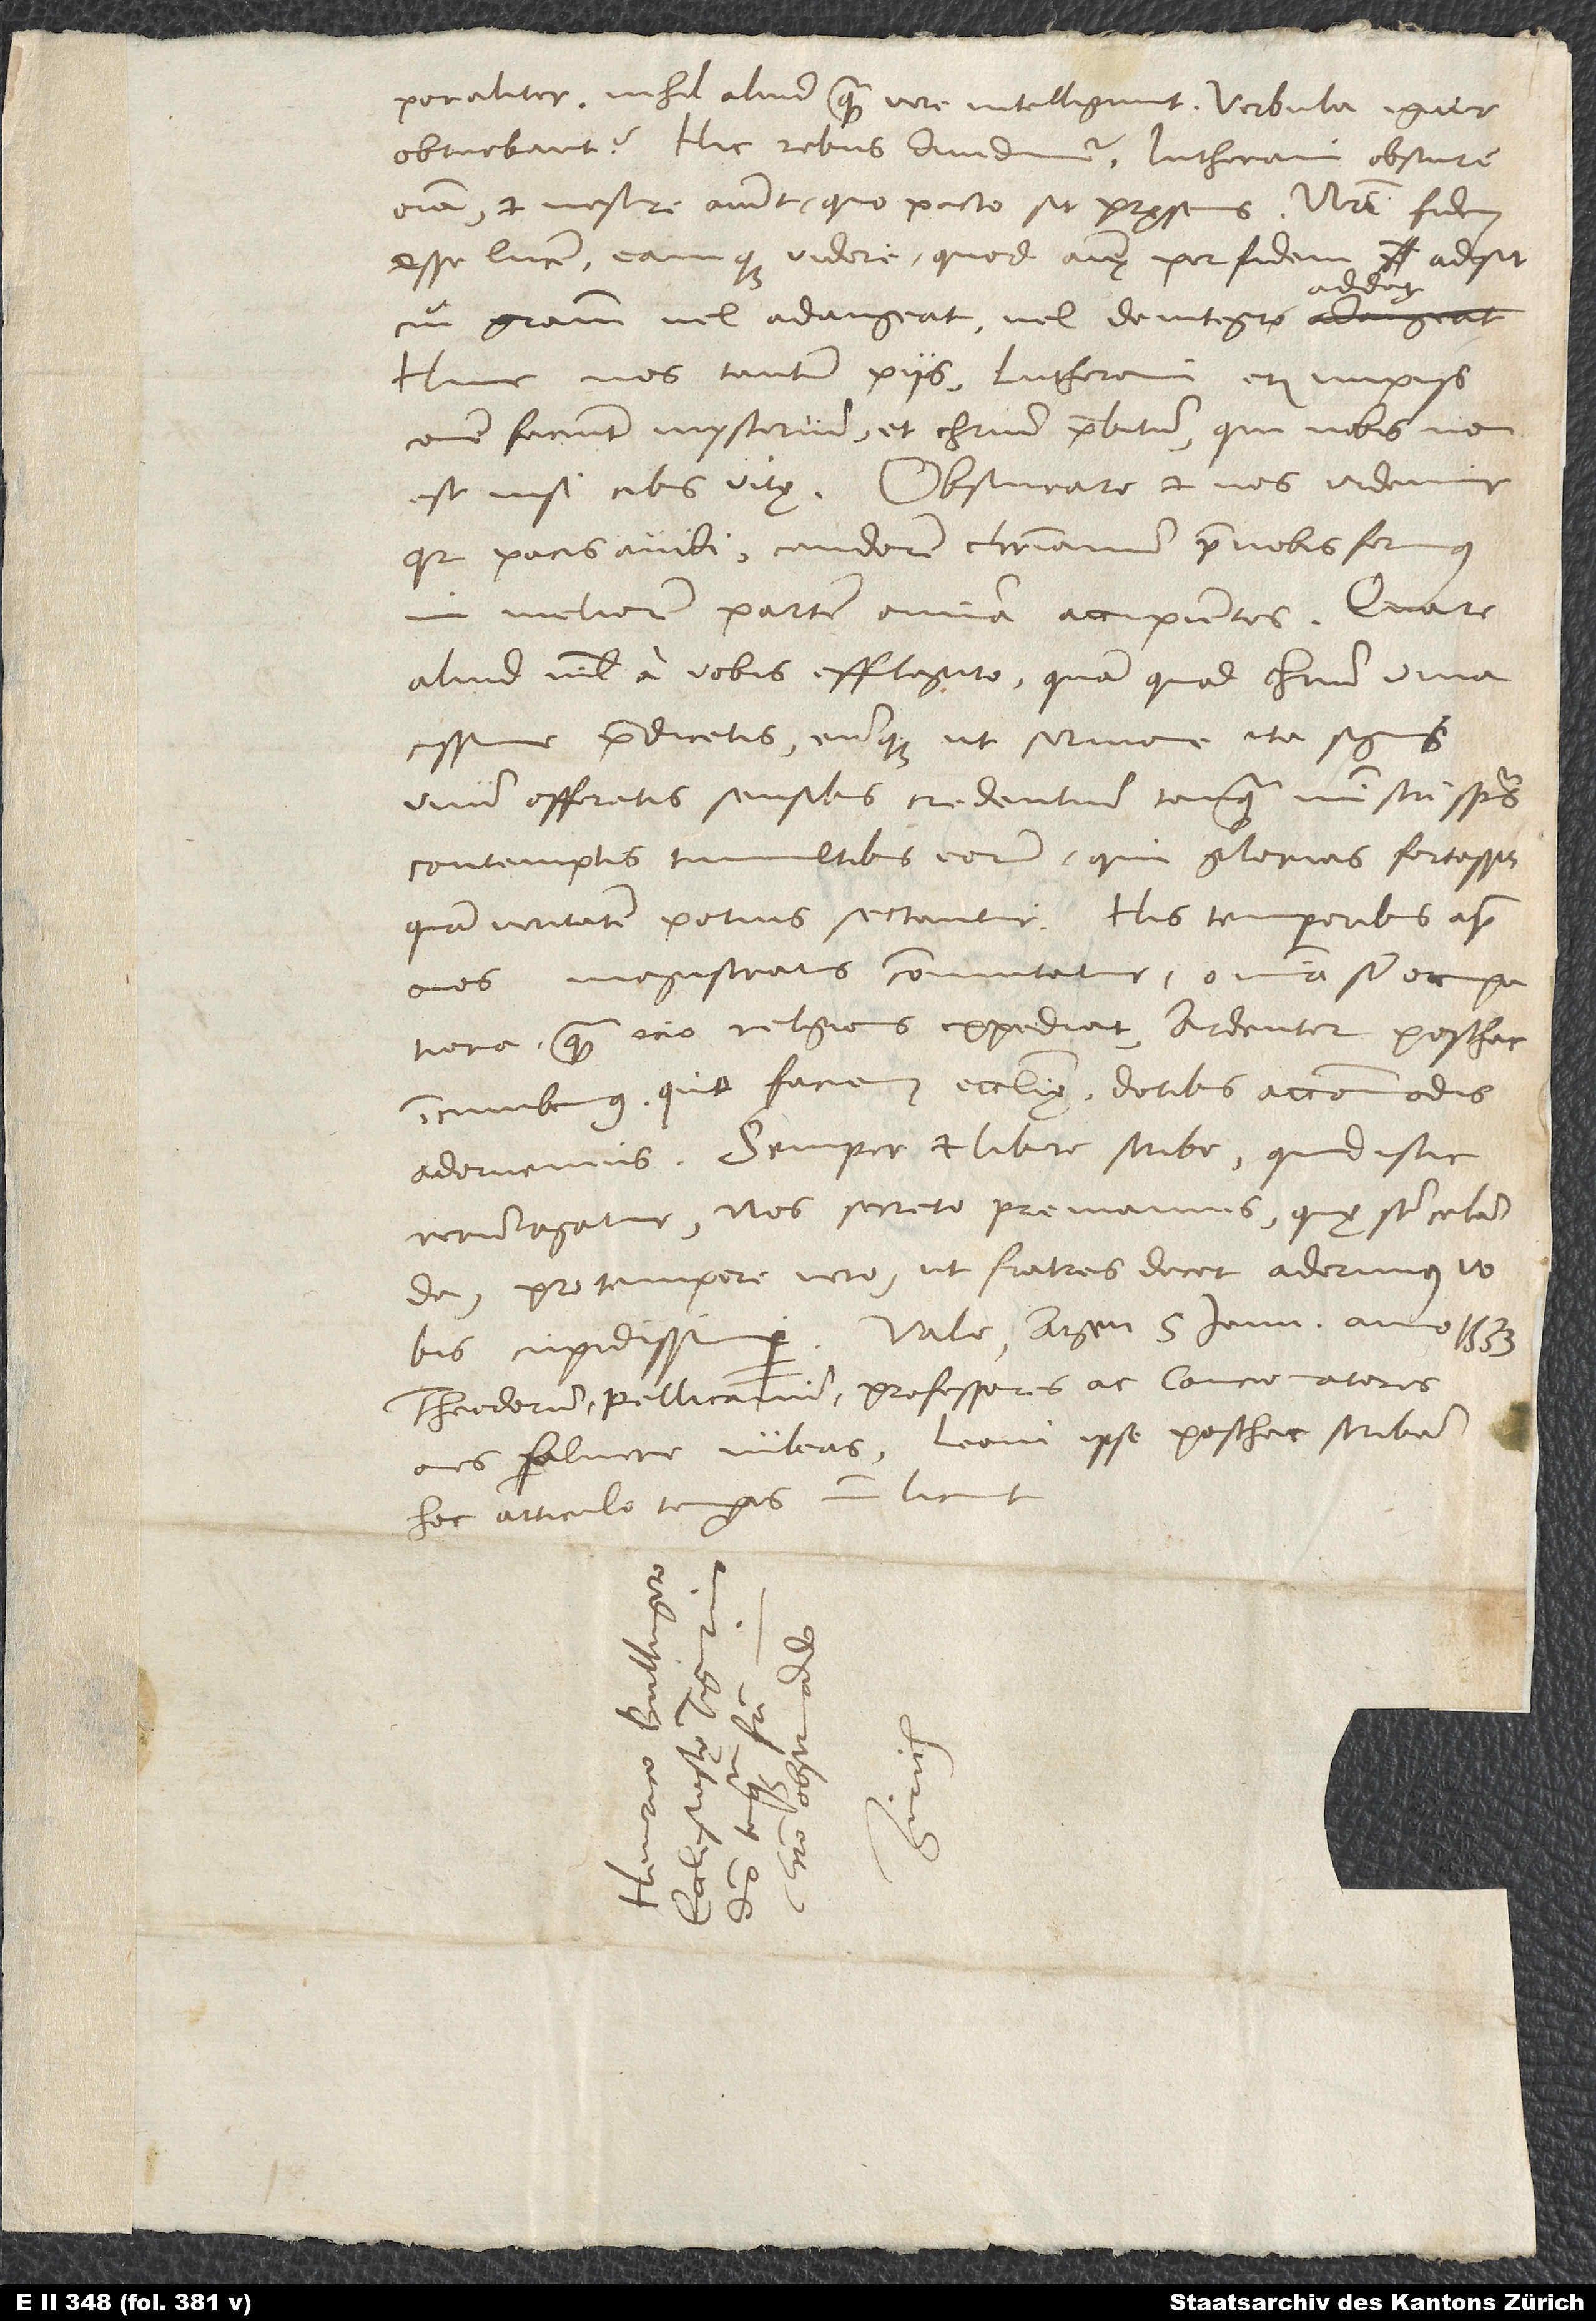
«corporaliter» nihil aliud quam «vere» intelligunt. Verbula igitur
obturbant? Hic rebus dividimur. Lutherani obscura
omnia et nesciri aiunt, quo pacto sit pręsens, nostri fidem
esse lucem, eamque videre, quod animę per fidem adsit,
addat.
cui gratiam vel adaugeat vel de integro
Hinc nos tantum piis, Lutherani etiam impiis
commune faciunt mysterium et Christum praebitum, qui nobis non
est nisi cibus vitae. Obscurare et nos videmur,
quia pacis avidi candorem christianum prae nobis ferimus,
in meliorem partem omnia accipientes. Quare
aliud nihil a vobis efflagito, quam quod Christum vivacissime
praedicetis eumque ut sermone ita signis
unum offeratis sensibus credentium tanquam ministri spiritus
contemptis tumultibus eorum, qui glorias fortassis
quam veritatem potius sectantur. His temporibus apud
nos magistratus commutatur. Omnia sunt occupatiora,
quam ocio religionis expediat. Ardenter posthac
incumbemus, quo faciem ecclesiae dotibus accommodis
adornemus. Semper et libere scribe, quid istic
rerum agatur. Nos secreto premamus, quę sunt celanda.
Pro tempore vero, ut fratres decet, aderimus vobis
cupidissime. Vale. Argentorati, 5. ianuarii anno 1533.
Theodorum, Pellicanum, professores ac concionatores
omnes salvere iubeas. Leoni ipse posthac scribam.
Hoc articulo temporis non licuit.
S.